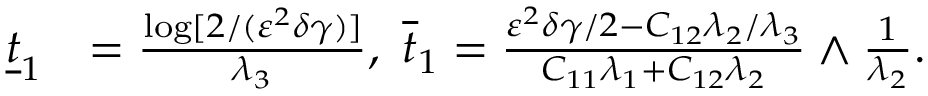
\begin{array} { r l } { \underline { { t } } _ { 1 } } & { = \frac { \log [ 2 / ( \varepsilon ^ { 2 } \delta \gamma ) ] } { \lambda _ { 3 } } , ~ \overline { { t } } _ { 1 } = \frac { \varepsilon ^ { 2 } \delta \gamma / 2 - C _ { 1 2 } \lambda _ { 2 } / \lambda _ { 3 } } { C _ { 1 1 } \lambda _ { 1 } + C _ { 1 2 } \lambda _ { 2 } } \wedge \frac { 1 } { \lambda _ { 2 } } . } \end{array}